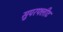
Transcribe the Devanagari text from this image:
सुपरफ्लीट